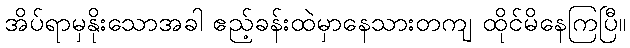
အိပ်ရာမှနိုးသောအခါ ဧည့်ခန်းထဲမှာနေသားတကျ ထိုင်မိနေကြပြီ။